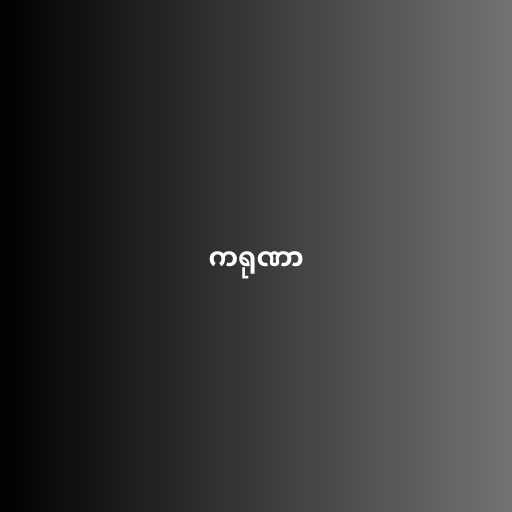
ကရုဏာ